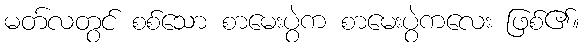
မတ်လတွင် စစ်သော စာမေးပွဲက စာမေးပွဲကလေး ဖြစ်၏။